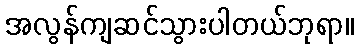
အလွန်ကျဆင်သွားပါတယ်ဘုရာ။